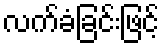
လက်ခံခြင်းဖြင့်